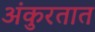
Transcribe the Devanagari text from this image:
अंकुरतात